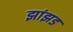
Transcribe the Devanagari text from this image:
झांझड